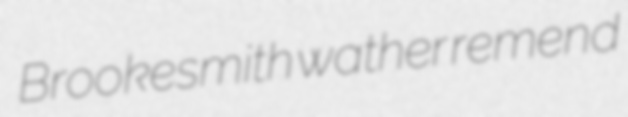
Brookesmith wather remend